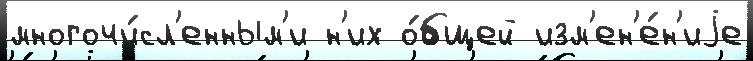
многочи́сл'енным'и н'их о́бщей изм'ен'е́н'иjе